Vaccination in Bombay 1869-1873 - 1869-1873
Year: 1869
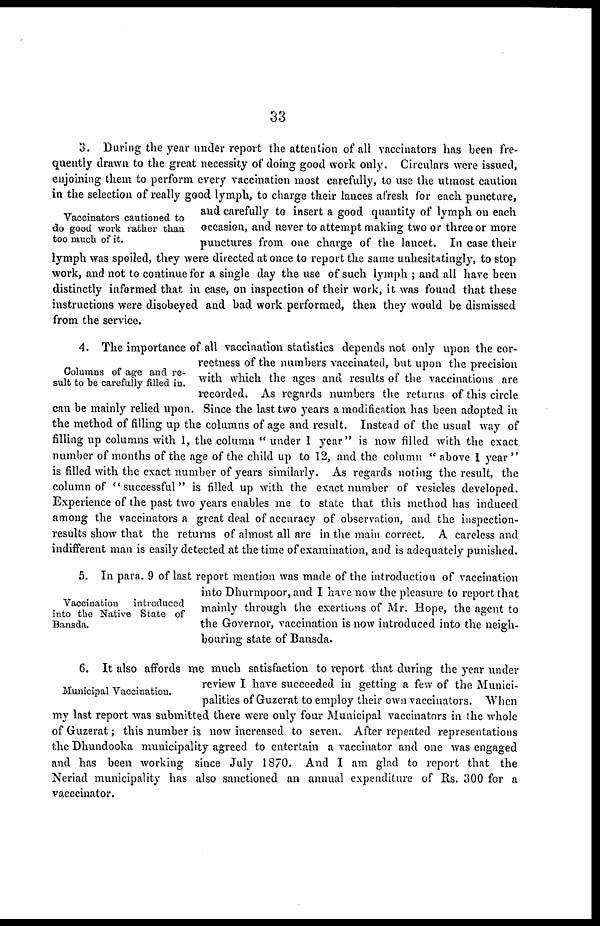
33
Vaccinators cautioned to
do good work rather than
too much of it.
3. During the year under report the attention of all vaccinators has been fre-
quently drawn to the great necessity of doing good work only. Circulars were issued,
enjoining them to perform every vaccination most carefully, to use the utmost caution
in the selection of really good lymph, to charge their lances afresh for each puncture,
and carefully to insert a good quantity of lymph on each
occasion, and never to attempt making two or three or more
punctures from one charge of the lancet. In case their
lymph was spoiled, they were directed at once to report the same unhesitatingly, to stop
work, and not to continue for a single day the use of such lymph ; and all have been
distinctly informed that in case, on inspection of their work, it was found that these
instructions were disobeyed and bad work performed, then they would be dismissed
from the service.
Columns of age and re-
sult to be carefully filled in.
4. The importance of all vaccination statistics depends not only upon the cor-
rectness of the numbers vaccinated, but upon the precision
with which the ages and results of the vaccinations are
recorded. As regards numbers the returns of this circle
can be mainly relied upon. Since the last two years a modification has been adopted in
the method of filling up the columns of age and result. Instead of the usual way of
filling up columns with 1, the column " under 1 year" is now filled with the exact
number of months of the age of the child up to 12, and the column " above 1 year "
is filled with the exact number of years similarly. As regards noting the result, the
column of "successful" is filled up with the exact number of vesicles developed.
Experience of the past two years enables me to state that this method has induced
among the vaccinators a great deal of accuracy of observation, and the inspection-
results show that the returns of almost all are in the main correct. A careless and
indifferent man is easily detected at the time of examination, and is adequately punished.
Vaccination
introduced
into the Native State of
Bansda.
5. In para. 9 of last report mention was made of the introduction of vaccination
into Dhurmpoor, and I have now the pleasure to report that
mainly through the exertions of Mr. Hope, the agent to
the Governor, vaccination is now introduced into the neigh-
bouring state of Bansda.
Municipal Vaccination.
6. It also affords me much satisfaction to report that during the year under
review I have succeeded in getting a few of the Munici-
palities of Guzerat to employ their own vaccinators. When
my last report was submitted there were only four Municipal vaccinators in the whole
of Guzerat; this number is now increased to seven. After repeated representations
the Dhundooka municipality agreed to entertain a vaccinator and one was engaged
and has been working since July 1870. And I am glad to report that the
Neriad municipality has also sanctioned an annual expenditure of Rs. 300 for a
vacccinator.